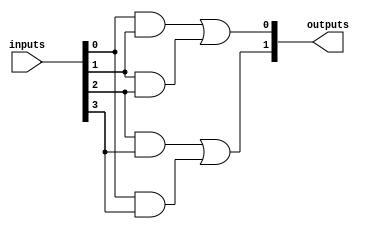
module fuse_based_PLA #(
    parameter NUM_INPUTS = 4,    // Number of inputs
    parameter NUM_AND_GATES = 4,  // Number of AND gates
    parameter NUM_OR_GATES = 2     // Number of OR gates
)(
    input  wire [NUM_INPUTS-1:0] inputs,     // Input signals
    output wire [NUM_OR_GATES-1:0] outputs    // Output signals
);

    // Programmable AND array
    wire [NUM_AND_GATES-1:0] and_outputs;

    // Define the fuse configuration for AND gates
    // Each AND gate can be configured with a specific combination of inputs
    // For example, and_gate[0] = inputs[0] & inputs[1]
    // The following configuration is just an example and can be modified
    assign and_outputs[0] = inputs[0] & inputs[1]; // AND gate 0
    assign and_outputs[1] = inputs[1] & inputs[2]; // AND gate 1
    assign and_outputs[2] = inputs[2] & inputs[3]; // AND gate 2
    assign and_outputs[3] = inputs[0] & inputs[3]; // AND gate 3

    // Programmable OR array
    // Define the fuse configuration for OR gates
    // Each OR gate can combine outputs from multiple AND gates
    // For example, or_gate[0] = and_gate[0] | and_gate[1]
    assign outputs[0] = and_outputs[0] | and_outputs[1]; // OR gate 0
    assign outputs[1] = and_outputs[2] | and_outputs[3]; // OR gate 1

endmodule